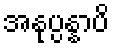
အနုပ္ပန္နာပိ